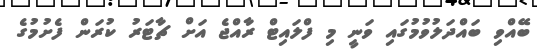
ބޭއްވި ބައްދަލުވުމުގައި ވަނީ މި ފްލައިޓް ރާއްޖެ އަށް ޗާޓަރު ކުރަން ފެށުމުގެ